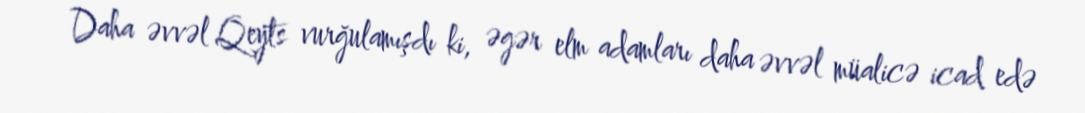
Daha əvvəl Qeyts vurğulamışdı ki, əgər elm adamları daha əvvəl müalicə icad edə